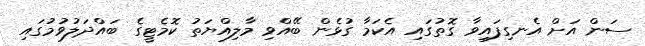
ސަން އަށް އެނގިފައިވާ ގޮތުގައި އެކަމާ ގުޅެން ބޭއްވި މާލިއްޔަތު ކޮމެޓީގެ ބައްދަލުވުމުގައި